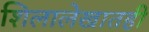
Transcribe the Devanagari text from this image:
शिलालेखातही